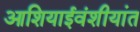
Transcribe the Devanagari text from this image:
आशियाईवंशीयांत